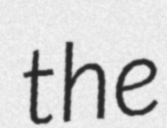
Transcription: the